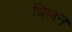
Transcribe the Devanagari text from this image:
धिग्वन